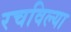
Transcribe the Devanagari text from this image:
रचविल्या